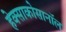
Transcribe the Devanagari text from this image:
हेक्साकोसानॉल